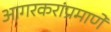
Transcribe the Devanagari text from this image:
आगरकरांप्रमाणे